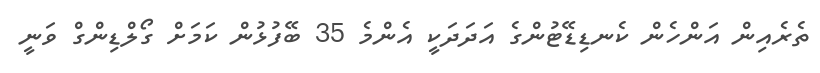
ތެރެއިން އަންހެން ކެނޑިޑޭޓުންގެ އަދަދަކީ އެންމެ 35 ބޭފުޅުން ކަމަށް ގޯލްޑިންގް ވަނީ